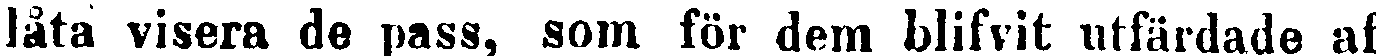
låta visera de pass, som för dem blifvit utfärdade af